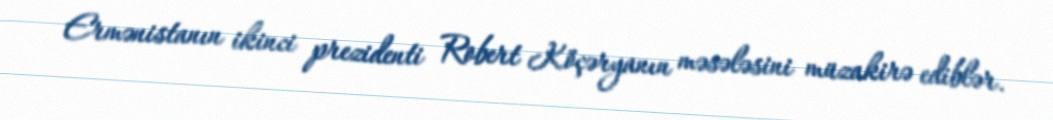
Ermənistanın ikinci prezidenti Robert Köçəryanın məsələsini müzakirə ediblər.